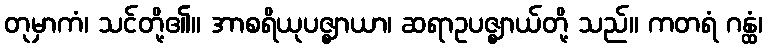
တုမှာကံ၊ သင်တို့၏။ အာစရိယုပဇ္ဈာယာ၊ ဆရာဥပဇ္ဈာယ်တို့ သည်။ ကတရံ ဂန္ထံ၊